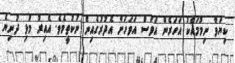
ކިޔަވާ ނިމުމައެކު އަހަރެން އަވަސް އަވަހަށް އެދުރުގެއިން ނުކުތީމެވެ. އެއިރު މުޅި ދުނިޔެ